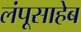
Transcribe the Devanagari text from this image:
लंपूसाहेब